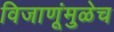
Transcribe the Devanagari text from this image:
विजाणूंमुळेच